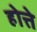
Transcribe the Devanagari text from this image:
होत्ते